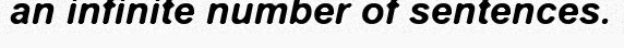
an infinite number of sentences.